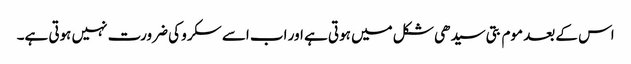
اس کے بعد موم بتی سیدھی شکل میں ہوتی ہے اور اب اسے سکرو کی ضرورت نہیں ہوتی ہے۔